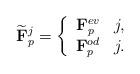
LaTeX: \begin{align*} \widetilde{\mathbf F}_p^j = \left\{\begin{array}{rl}\mathbf F_p^{ev} & j , \\\mathbf F_p^{od} & j .\end{array} \right.\end{align*}